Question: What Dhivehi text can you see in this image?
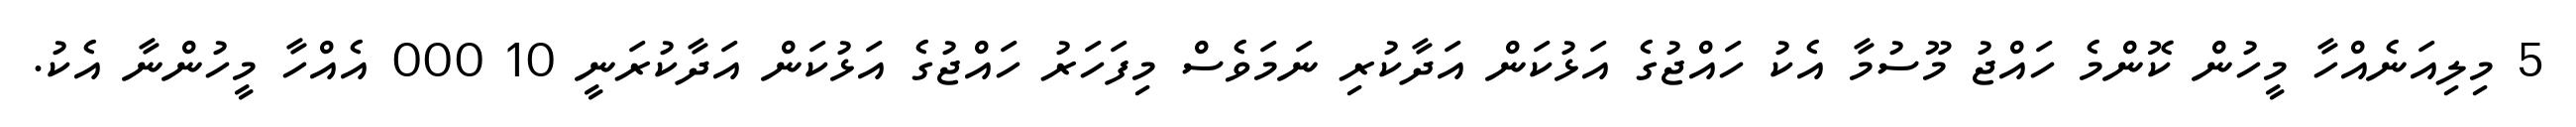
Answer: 5 މިލިއަނެއްހާ މީހުން ކޮންމެ ހައްޖު މޫސުމާ އެކު ހައްޖުގެ އަޅުކަން އަދާކުރި ނަމަވެސް މިފަހަރު ހައްޖުގެ އަޅުކަން އަދާކުރަނީ 10 000 އެއްހާ މީހުންނާ އެކު.